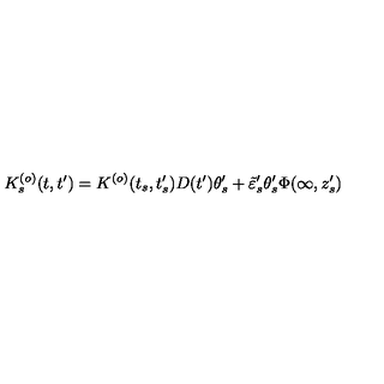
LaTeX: K _ { s } ^ { ( o ) } ( t , t ^ { \prime } ) = K ^ { ( o ) } ( t _ { s } , t _ { s } ^ { \prime } ) D ( t ^ { \prime } ) \theta _ { s } ^ { \prime } + \tilde { \varepsilon } _ { s } ^ { \prime } \theta _ { s } ^ { \prime } \Phi ( \infty , z _ { s } ^ { \prime } )